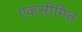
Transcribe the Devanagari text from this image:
एकसीमित